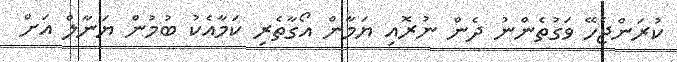
ކުރަންޖެހޭ ވަގުތެންނު ދެން ނުރޮއި ޔަމާން އޯގާތެރި ކަމާއެކު ބުމުން ޔަނާލް އަށް